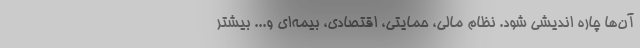
آن‌ها چاره اندیشی شود. نظام مالی، حمایتی، اقتصادی، بیمه‌ای و... بیشتر